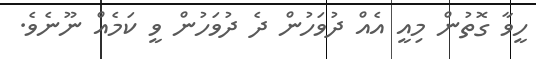
ހީވާ ގޮތުން މިއީ އެއް ދުވަހުން ދެ ދުވަހުން ވީ ކަމެއް ނޫނެވެ.